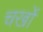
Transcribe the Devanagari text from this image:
चर्खों